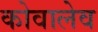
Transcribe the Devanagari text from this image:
कोवालेव